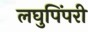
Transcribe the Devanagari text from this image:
लघुपिंपरी